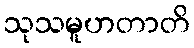
သုသမူဟတာတိ